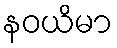
နဝယိမာ